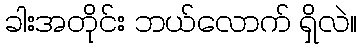
ခါးအတိုင်း ဘယ်လောက် ရှိလဲ။